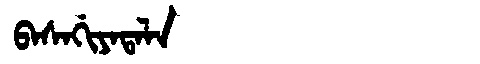
Manchu: ᠪᠠᠰᠠᡤᡳᠶᠠᡨᠠᠯᠠ
Romanization: BASAGIYATALA